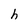
Character: h